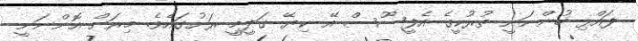
ފައްޅި ހުންނަނީ ތުރުކީގެ އެފީސޫސް އޭ ކިޔޭ ގަދީމީ ރަށުގައެވެ. މިރަށް އޮންނަނީ